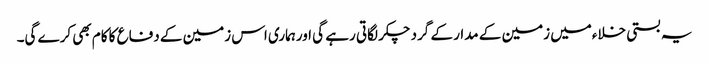
یہ بستی خلاءمیں زمین کے مدار کے گرد چکر لگاتی رہے گی اورہماری اس زمین کے دفاع کا کام بھی کرے گی۔